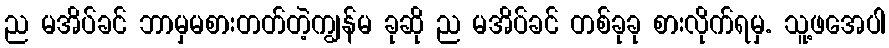
ည မအိပ်ခင် ဘာမှမစားတတ်တဲ့ကျွန်မ ခုဆို ည မအိပ်ခင် တစ်ခုခု စားလိုက်ရမှ. သူ့ဖအေပါ